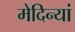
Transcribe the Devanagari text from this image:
मेदिन्यां